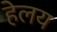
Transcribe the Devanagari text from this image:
हेलय